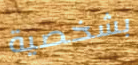
بشخصية